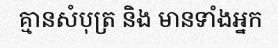
គ្មានសំបុត្រ និង មានទាំងអ្នក